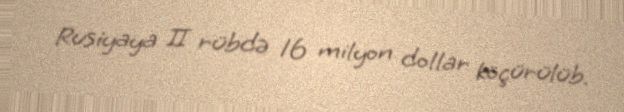
Rusiyaya II rübdə 16 milyon dollar köçürülüb.